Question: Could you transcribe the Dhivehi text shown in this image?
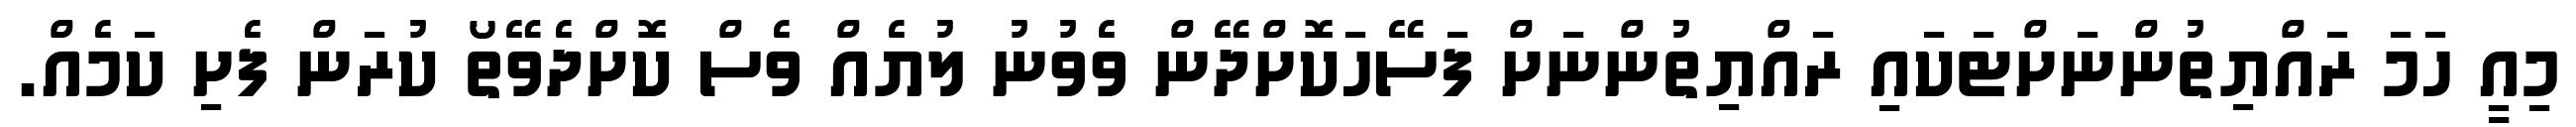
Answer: މިއީ ހަމަ ރައްޔިތުންނަށްޓަކައި ރައްޔިތުންނަށް ފަސޭހަކޮށްދޭން ވެވުނު ލުޔެއް ވެސް ކޮށްދެވޭތޯ ކުރަން ފެށި ކަމެއް.